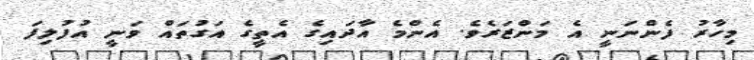
މިހާރު ފެންނަނީ އެ މަންޒަރެވެ. އެންމެ އާދައިގެ އެތީގެ އަގުތައް ވަނީ އުފުލިފަ